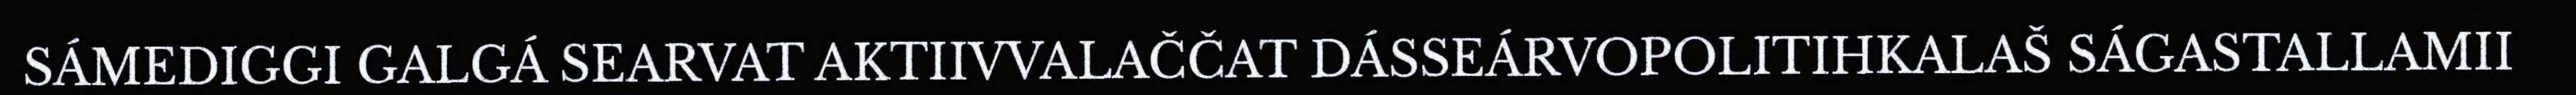
SÁMEDIGGI GALGÁ SEARVAT AKTIIVVALAČČAT DÁSSEÁRVOPOLITIHKALAŠ SÁGASTALLAMII